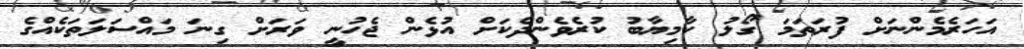
އަހަރެމެންނަށް ފުރަތަމަ ގޯލު ކާމިޔާބު ކުރެވެންދެކަށް އުޅެން ޖެހުނީ ވަރަށް ގިނަ މައްސަލަތަކެއްގެ